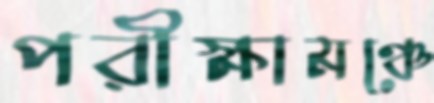
পরীক্ষামঞ্চে